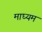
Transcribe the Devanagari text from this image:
माघ्‍यम